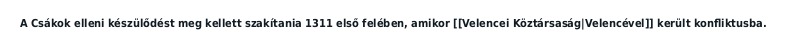
A Csákok elleni készülődést meg kellett szakítania 1311 első felében, amikor [[Velencei Köztársaság|Velencével]] került konfliktusba.